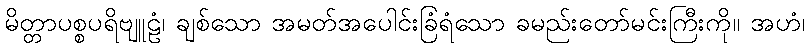
မိတ္တာပစ္စပရိဗျူဠံ၊ ချစ်သော အမတ်အပေါင်းခြံရံသော ခမည်းတော်မင်းကြီးကို။ အဟံ၊